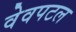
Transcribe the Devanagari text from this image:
वेवपटल